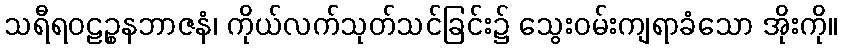
သရီရဝဠဉ္စနဘာဇနံ၊ ကိုယ်လက်သုတ်သင်ခြင်း၌ သွေးဝမ်းကျရာခံသော အိုးကို။